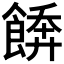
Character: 𩝼